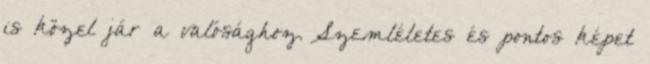
is közel jár a valósághoz. Szemléletes és pontos képet